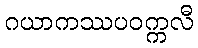
ဂယာကဿပဝက္ကလီ